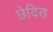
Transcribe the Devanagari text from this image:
छेदित